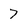
Character: 7